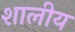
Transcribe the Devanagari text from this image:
शालीय